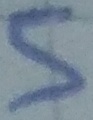
Text: 5